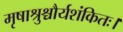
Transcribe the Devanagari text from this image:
मृषाश्रुश्चौर्यशंकितः।